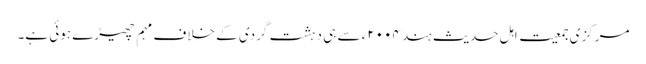
مرکزی جمعیت اہل حدیث ہند ۲۰۰۴ء سے ہی دہشت گردی کے خلاف مہم چھیڑے ہوئی ہے۔